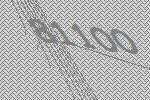
81100